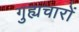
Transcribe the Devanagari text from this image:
गुह्यचारों